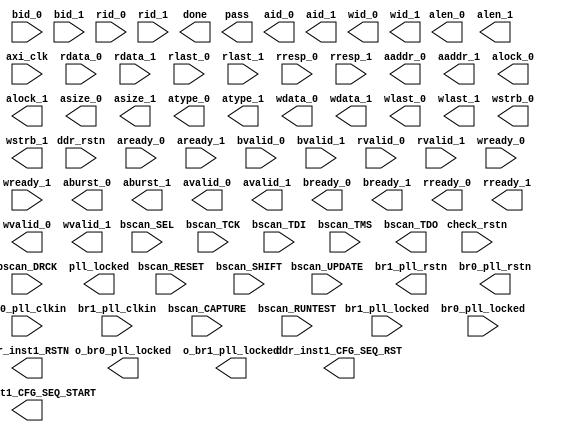

// Efinity Top-level template
// Version: 2021.2.323

// Copyright (C) 2017 - 2021 Efinix Inc. All rights reserved.

// This file may be used as a starting point for Efinity synthesis top-level target.
// The port list here matches what is expected by Efinity constraint files generated
// by the Efinity Interface Designer.

// To use this:
//     #1)  Save this file with a different name to a different directory, where source files are kept.
//              Example: you may wish to save as C:\Users\sanas\OneDrive\Documents\t120f324_lpddr3_x16\t120f324_lpddr3_x16.v
//     #2)  Add the newly saved file into Efinity project as design file
//     #3)  Edit the top level entity in Efinity project to:  t120f324_lpddr3_x16
//     #4)  Insert design content.


module t120f324_lpddr3_x16
(
  input br0_pll_clkin,
  input br1_pll_clkin,
  input br1_pll_locked,
  input br0_pll_locked,
  input check_rstn,
  input ddr_rstn,
  input axi_clk,
  input bscan_CAPTURE,
  input bscan_DRCK,
  input bscan_RESET,
  input bscan_RUNTEST,
  input bscan_SEL,
  input bscan_SHIFT,
  input bscan_TCK,
  input bscan_TDI,
  input bscan_TMS,
  input bscan_UPDATE,
  input aready_0,
  input aready_1,
  input [7:0] bid_0,
  input [7:0] bid_1,
  input bvalid_0,
  input bvalid_1,
  input [255:0] rdata_0,
  input [127:0] rdata_1,
  input [7:0] rid_0,
  input [7:0] rid_1,
  input rlast_0,
  input rlast_1,
  input [1:0] rresp_0,
  input [1:0] rresp_1,
  input rvalid_0,
  input rvalid_1,
  input wready_0,
  input wready_1,
  output br1_pll_rstn,
  output br0_pll_rstn,
  output done,
  output pass,
  output o_br0_pll_locked,
  output o_br1_pll_locked,
  output pll_locked,
  output bscan_TDO,
  output [31:0] aaddr_0,
  output [31:0] aaddr_1,
  output [1:0] aburst_0,
  output [1:0] aburst_1,
  output [7:0] aid_0,
  output [7:0] aid_1,
  output [7:0] alen_0,
  output [7:0] alen_1,
  output [1:0] alock_0,
  output [1:0] alock_1,
  output [2:0] asize_0,
  output [2:0] asize_1,
  output atype_0,
  output atype_1,
  output avalid_0,
  output avalid_1,
  output bready_0,
  output bready_1,
  output ddr_inst1_CFG_SEQ_RST,
  output ddr_inst1_CFG_SEQ_START,
  output rready_0,
  output rready_1,
  output ddr_inst1_RSTN,
  output [255:0] wdata_0,
  output [127:0] wdata_1,
  output [7:0] wid_0,
  output [7:0] wid_1,
  output wlast_0,
  output wlast_1,
  output [31:0] wstrb_0,
  output [15:0] wstrb_1,
  output wvalid_0,
  output wvalid_1
);


endmodule